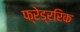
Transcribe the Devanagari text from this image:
फ्रेड्ररिक